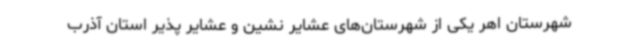
شهرستان اهر یکی از شهرستان‌های عشایر نشین و عشایر پذیر استان آذرب